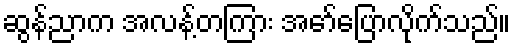
ဆွန်ညာက အလန့်တကြား အော်ပြောလိုက်သည်။